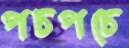
পচপচে